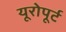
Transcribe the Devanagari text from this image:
यूरोपूर्ट